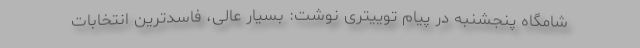
شامگاه پنجشنبه در پیام توییتری نوشت: بسیار عالی، فاسدترین انتخابات